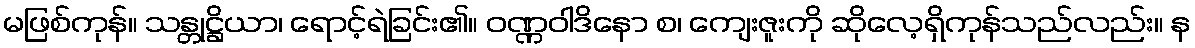
မဖြစ်ကုန်။ သန္တုဋ္ဌိယာ၊ ရောင့်ရဲခြင်း၏။ ဝဏ္ဏဝါဒိနော စ၊ ကျေးဇူးကို ဆိုလေ့ရှိကုန်သည်လည်း။ န